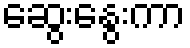
ဆွေးနွေးကာ